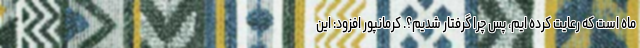
ماه است که رعایت کرده ایم، پس چرا گرفتار شدیم؟. کرمانپور افزود: این